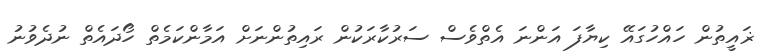
ޜައީތުން ހައްހުގައޭ ކިޔާފަ އަންނަ އެތްވެސް ސަރުކާރަކުން ރައިތުންނަށް އަމާންކަމެތް ހޯދައެތް ނުދެވުނު